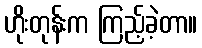
ဟိုးတုန်းက ကြည့်ခဲ့တာ။